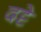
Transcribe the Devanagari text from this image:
दट्टे